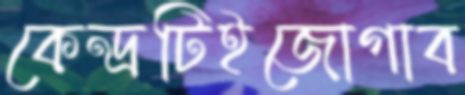
কেন্দ্রটিইজোগাব